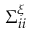
\Sigma _ { i i } ^ { \xi }